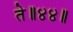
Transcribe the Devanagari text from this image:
ते॥४४॥